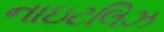
નાઇટલિઝ